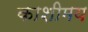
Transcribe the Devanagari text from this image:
काशीमय